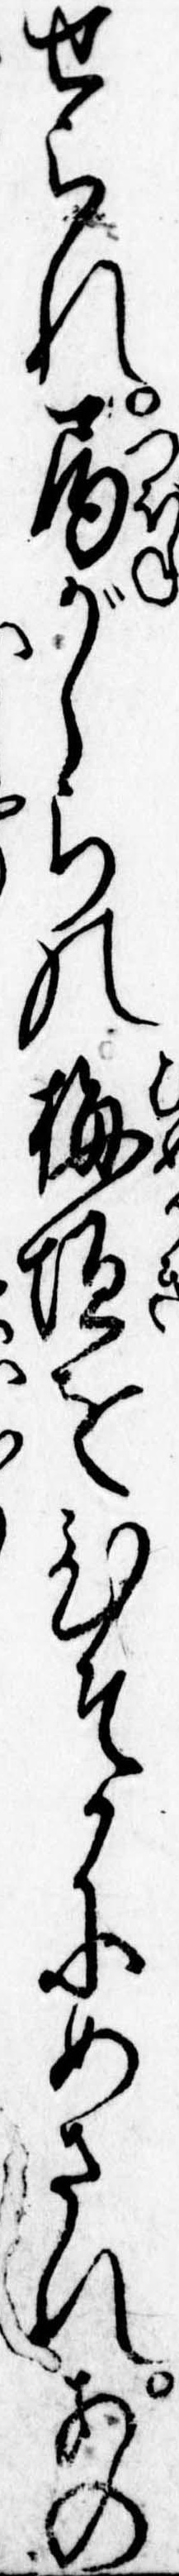
せられ局がしらの梅垣をひそかにめされあの